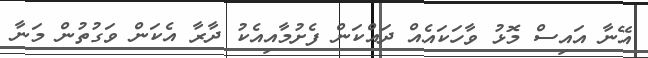
އޭނާ އައިސް މޮޅު ވާހަކައެއް ދައްކަން ފެށުމާއިއެކު ދާރާ އެކަން ވަގުތުން މަނާ